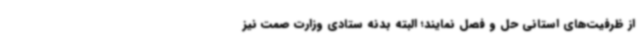
از ظرفیت‌های استانی حل و فصل نمایند؛ البته بدنه ستادی وزارت صمت نیز